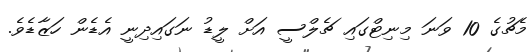
މެޗުގެ 10 ވަނަ މިނިޓްގައި ޗެލްސީ އަށް ލީޑު ނަގައިދިނީ އެޑެން ހަޒާޑެވެ.